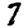
Digit: 7